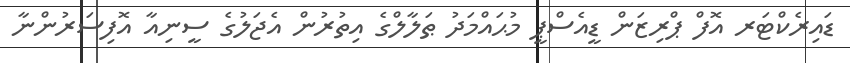
ޑައިރެކްޓަރ އޮފް ޕްރިޒަން ޑީއެސްޕީ މުޙައްމަދު ޠަލާލްގެ އިތުރުން އެޖަލުގެ ސީނިއާ އޮފިސަރުންނާ